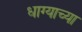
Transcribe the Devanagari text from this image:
धाग्याच्या